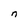
Character: n